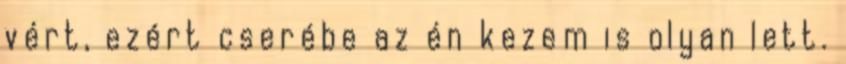
vért, ezért cserébe az én kezem is olyan lett.